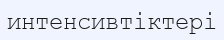
интенсивтіктері